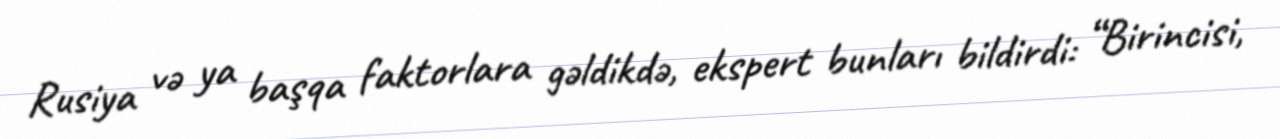
Rusiya və ya başqa faktorlara gəldikdə, ekspert bunları bildirdi: “Birincisi,